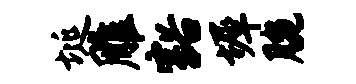
埏雕豁墀腕